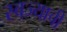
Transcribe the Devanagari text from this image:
स्वज्याची